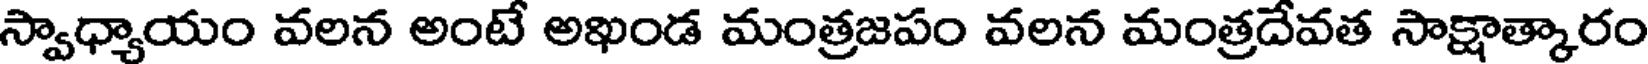
స్వాధ్యాయం వలన అంటే అఖండ మంత్రజపం వలన మంత్రదేవత సాక్షాత్కారం